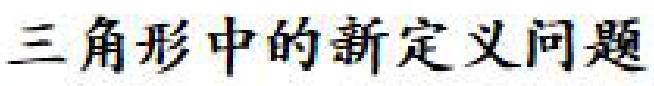
三角形中的新定义问题